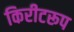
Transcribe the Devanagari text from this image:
किरीटरूप